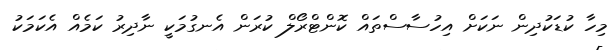
މިހާ ކުޑަކުދިން ނަކަށް އިހުސާސްތައް ކޮންޓްރޯލް ކުރަން އެނގުމަކީ ނާދިރު ކަމެއް އެކަމަކު